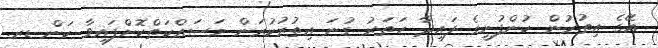
އޭގެ އިތުރުން ކުންފުނީގެ ފައިދާ ހަތަރު ގުނަ އިތުރުކުރަން މަސައްކަތްކޮށްފައިވާ ކަން ޑރ.